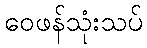
ဝေဖန်သုံးသပ်